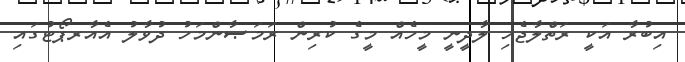
އިބުރާ އަކީ ރަތްލާޖެހި ލާދީނީ މީހެއް މީގެ ކުރިން ރަމަޞާންމަހު ދުވާލު އެއާރޕޯޓުގައި